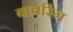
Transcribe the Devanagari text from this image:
बावरिंग